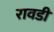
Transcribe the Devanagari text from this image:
रावडी